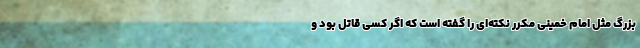
بزرگ مثل امام خمینی مکرر نکته‌ای را گفته است که اگر کسی قاتل بود و